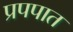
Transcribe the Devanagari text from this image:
प्रपपात